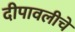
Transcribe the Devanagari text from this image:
दीपावलीचे